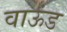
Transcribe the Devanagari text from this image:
वाऊंड